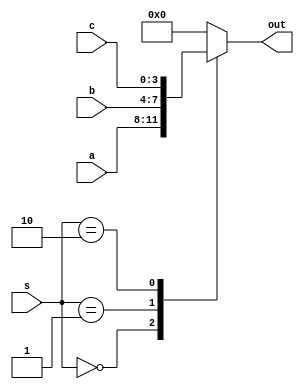
module Peoyecto3
(
	input [1:0] s,
	input [3:0] a, b, c,
	output [3:0] out
);

reg [3:0]sal;
always @(s, a, b, c)
	case (s)
		3'h0: sal = a;
		3'h1: sal = b;
		3'h2: sal = c;
		default: sal = 0;
	endcase
	assign out = sal;
endmodule